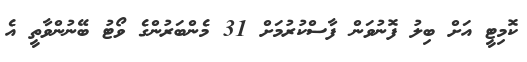
ކޮމިޓީ އަށް ބިލު ފޮނުވަން ފާސްކުރުމަށް 31 މެންބަރުންގެ ވޯޓު ބޭނުންވާތީ އެ